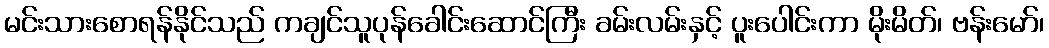
မင်းသားစောရန်နိုင်သည် ကချင်သူပုန်ခေါင်းဆောင်ကြီး ခမ်းလမ်းနှင့် ပူးပေါင်းကာ မိုးမိတ်၊ ဗန်းမော်၊